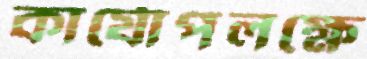
কার্যোপলক্ষে